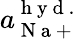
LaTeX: a_{\mathrm{~N~a~+~}}^{\mathrm{~h~y~d~.~}}